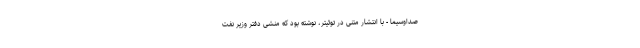
صداوسیما - با انتشار متنی در توئیتر، نوشته بود که منشی دفتر وزیر نفت